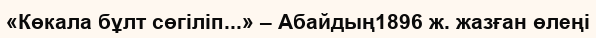
«Көкала бұлт сөгіліп...» – Абайдың1896 ж. жазған өлеңі